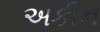
અકીન